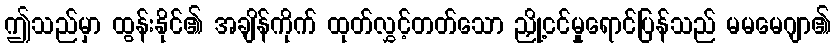
ဤသည်မှာ ထွန်းနိုင်၏ အချိန်ကိုက် ထုတ်လွှင့်တတ်သော ညှို့ငင်မှုရောင်ပြန်သည် မမမေဂျာ၏